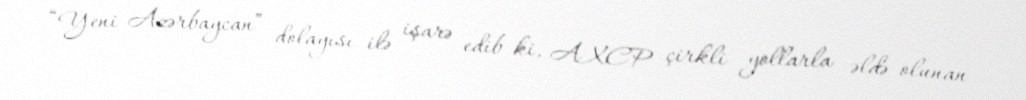
“Yeni Azərbaycan” dolayısı ilə işarə edib ki, AXCP çirkli yollarla əldə olunan